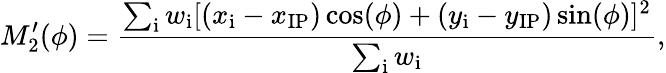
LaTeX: M_{2}^{\prime}(\phi)=\frac{\sum_{\mathrm{{i}}}w_{\mathrm{{i}}}[(x_{\mathrm{{i}}}-x_{\mathrm{{IP}}})\cos(\phi)+(y_{\mathrm{{i}}}-y_{\mathrm{{IP}}})\sin(\phi)]^{2}}{\sum_{\mathrm{{i}}}w_{\mathrm{{i}}}},